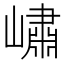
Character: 𡼣